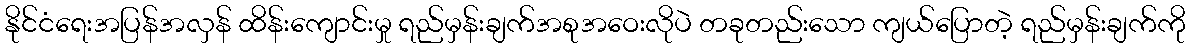
နိုင်ငံရေးအပြန်အလှန် ထိန်းကျောင်းမှု ရည်မှန်းချက်အစုအဝေးလိုပဲ တခုတည်းသော ကျယ်ပြောတဲ့ ရည်မှန်းချက်ကို